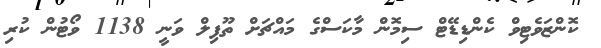
ކޮންޒަވެޓިވް ކެންޑިޑޭޓް ސިމޮން މާކަސްގެ މައްޗަށް ތޫފިލް ވަނީ 1138 ވޯޓުން ކުރި